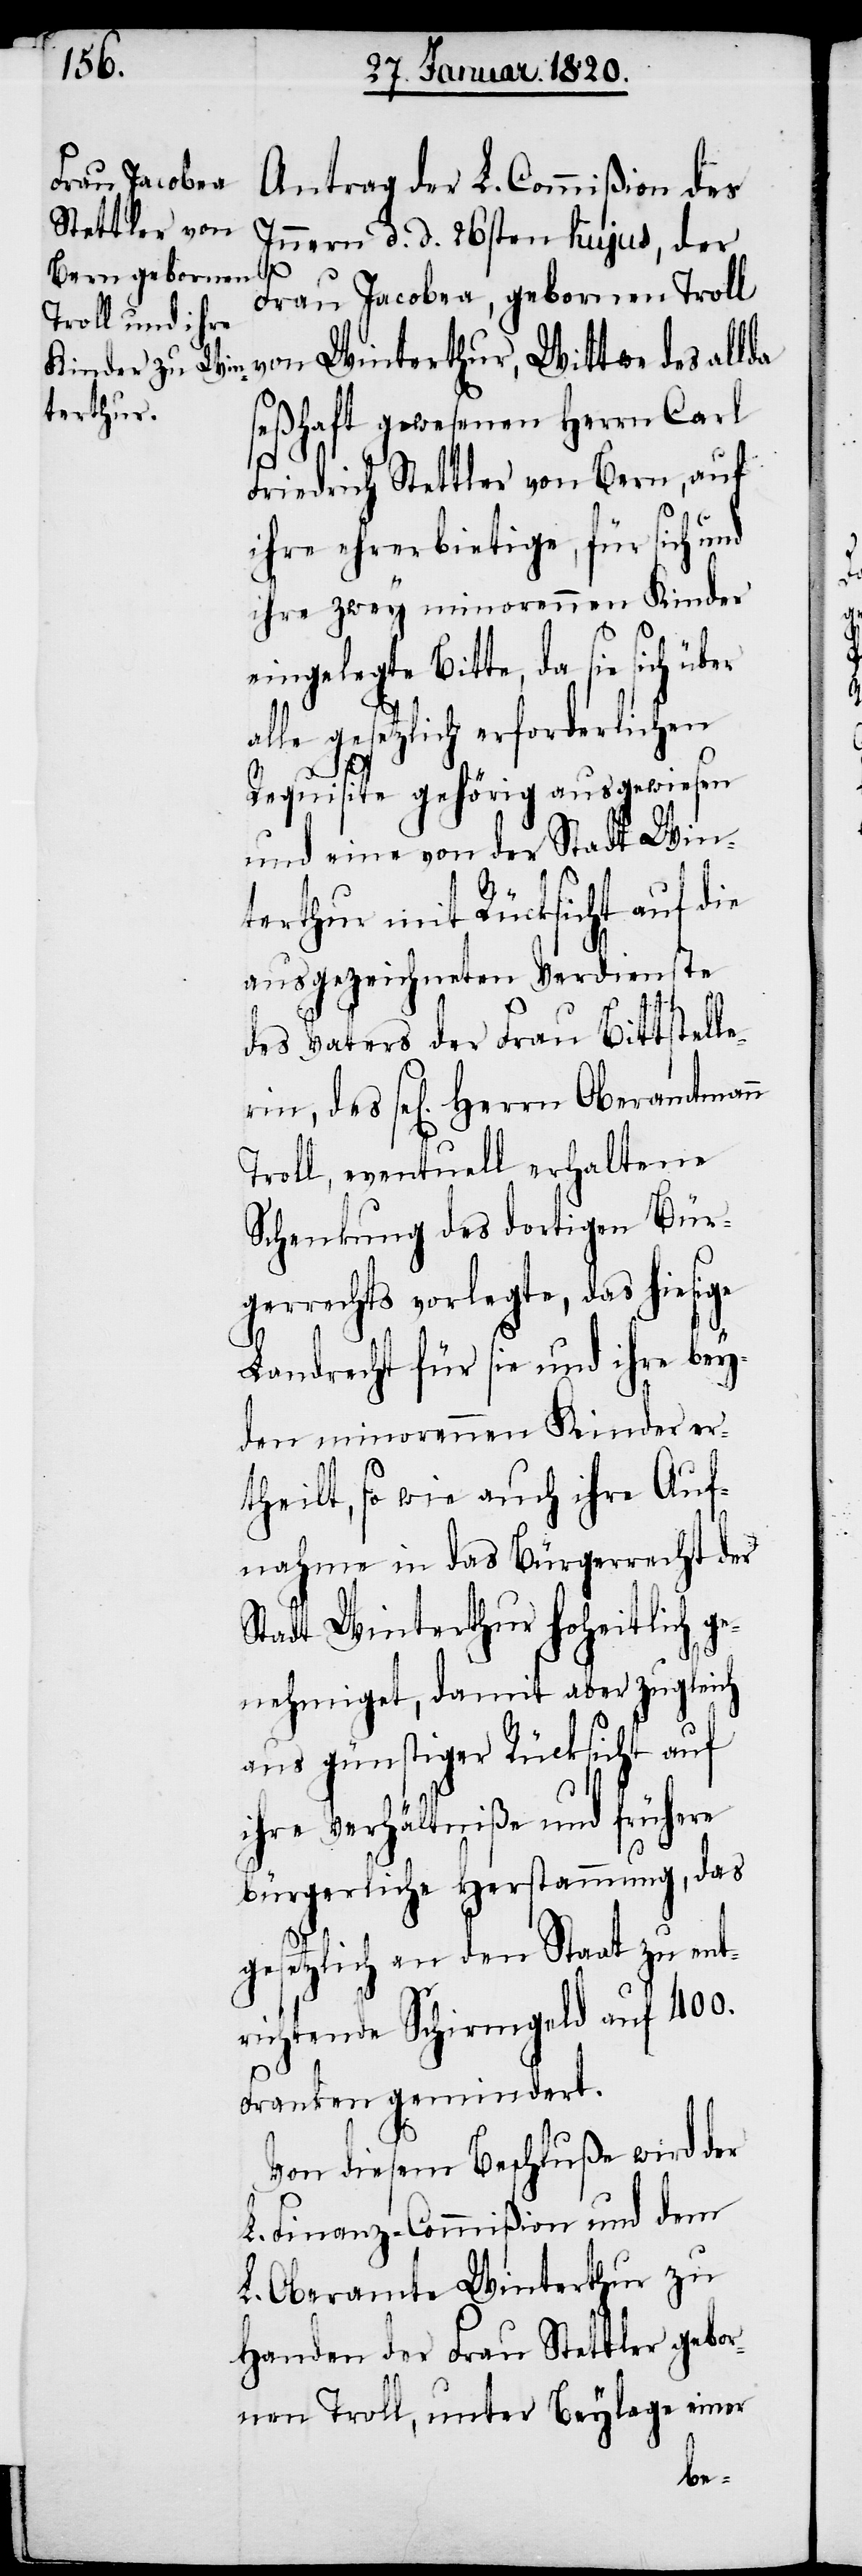
Antrag der L. Commißion des
Innern d. d. 26sten hujus, der
erin,
Frau Jacobea, gebornen Troll
terthur,
seßhaft gewesenen Herrn Carl
Friedrich Stettler von Bern, auf
ihre ehrerbietige, für sich und
ihre zwey minorennen Kinder
eingelegte Bitte, da sie sich über
alle gesetzlich erforderlichen
Requisite gehörig ausgewiesen
und eine von der Stadt Win¬
terthur mit Rücksicht auf die
ausgezeichneten Verdienste
des Vaters der Frau Bittstell¬
Troll, eventuell erhaltene
Schenkung des dortigen Bür¬
gerrechts vorlegte, das hiesige
Landrecht für sie und ihre bey¬
den minorennen Kinder er¬
theilt, so wie auch ihre Auf¬
nahme in das Bürgerrecht der
Stadt Winterthur hoheitlich ge¬
nehmiget, damit aber zugleich
aus günstiger Rücksicht auf
ihre Verhältniße und frühere
bürgerliche Herstammung, das
gesetzlich an den Staat zu ent¬
richtende Schirmgeld auf 400.
Franken gemindert.
Von diesem Beschluße wird der
L. Finanz-Commißion und dem
L. Oberamte Winterthur zu
Handen der Frau Stettler gebor¬
nen Troll, unter Beylage einer
Win¬